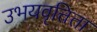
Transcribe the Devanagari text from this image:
उभयवृत्तिता